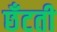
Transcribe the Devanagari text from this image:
छँटती